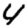
Digit: 4